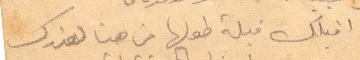
اقبلك قبلة طولها من هنا لعندك